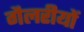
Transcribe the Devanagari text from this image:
गैलरीयों